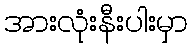
အားလုံးနီးပါးမှာ